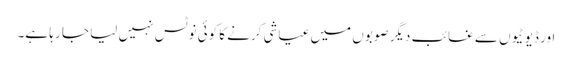
اور ڈیوٹیوں سے غائب دیگر صوبوں میں عیاشی کرنے کا کوئی نوٹس نہیں لیا جا رہا ہے۔